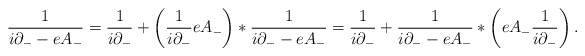
\begin{align*}\frac{1}{i\partial_{-} - eA_{-}} = \frac{1}{i\partial_{-}} +\left(\frac{1}{i\partial_{-}} eA_{-}\right) \ast \frac{1}{i\partial_{-} - eA_{-}} = \frac{1}{i\partial_{-}} +\frac{1}{i\partial_{-}- e A_{-}}\ast \left( eA_{-}\frac{1}{i\partial_{-}}\right).\end{align*}